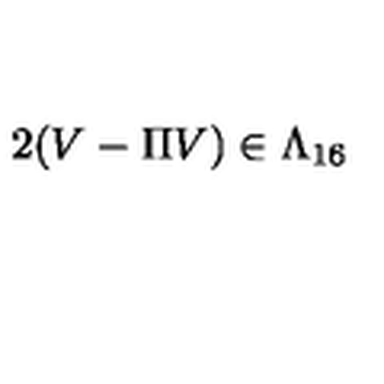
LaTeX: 2 ( V - \Pi V ) \in \Lambda _ { 1 6 }